Civil Veterinary Dept. Bombay admin report 1914-1922 - 1914-1922
Year: 1914
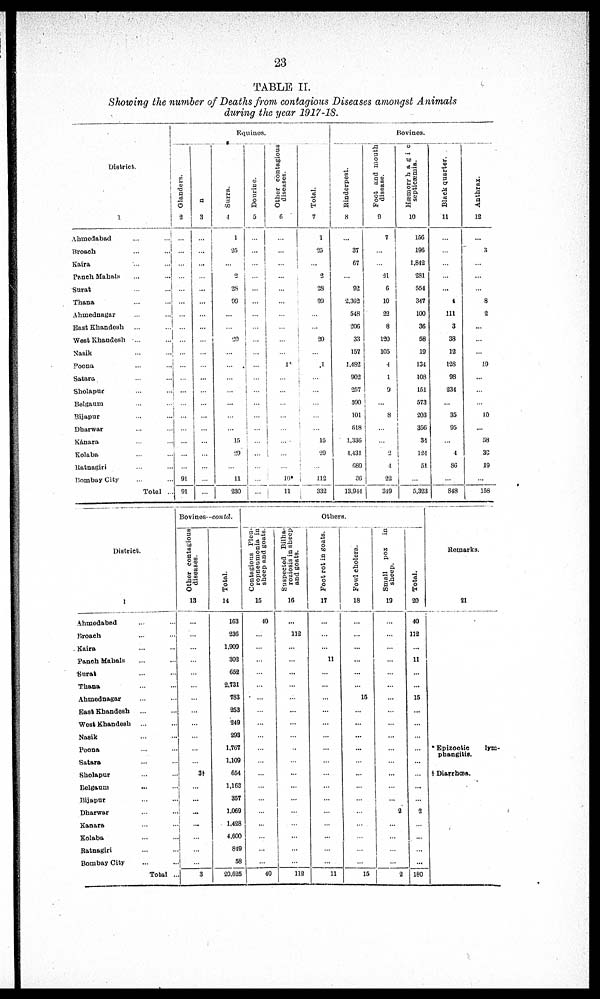
23
TABLE II.
Showing the number of Deaths from contagious Diseases amongst Animals
during the year 1917-18.
District.
1
Ahmedabad ... ...
Broach ... ...
Kaira ... ...
Panch Mahals ... ...
Surat ... ...
Thana ... ...
Ahmednagar ... ...
East Khandesh ... ...
West Khandesh
... ...
Nasik ... ...
Poona ... ...
Satara ... ...
Sholapur ... ...
Belgaum ... ...
Bijapur ... ...
Dharwar ... ...
Kánara ... ...
Kolaba ... ...
Ratnagiri ... ...
Bombay City ... ...
Total ...
Equines.
Glanders.
2
...
...
...
...
...
...
...
...
...
....
...
...
...
...
...
...
...
...
...
91
91
n
3
...
...
...
....
...
...
...
...
...
...
...
...
...
...
...
...
...
...
...
...
...
Surra.
4
1
25
...
2
28
99
...
...
20
...
...
...
...
...
...
...
15
29
...
11
230
Dourine.
5
...
...
...
...
...
...
...
...
...
...
...
...
...
...
...
...
...
...
...
...
...
Other contagious
diseases.
6
...
...
...
...
...
...
...
...
...
...
1
...
...
...
...
...
...
...
...
10
11
Total.
7
1
25
...
2
28
99
...
...
20
...
1
...
...
...
...
...
15
29
...
112
332
Bovines.
Rinderpest.
8
...
37
67
...
92
2,368
548
206
33
157
1,462
902
257
590
101
618
1,336
1,431
689
36
13,944
Foot and mouth
disease.
9
7
...
...
31
6
10
23
8
120
105
4
1
9
...
8
...
...
2
4
22
349
Hæmorrhagic
septicæmia.
10
156
196
1,842
281
554
347
100
36
58
19
131
108
151
573
203
356
34
124
51
...
5,323
Black quarter.
11
...
...
...
...
...
4
111
3
38
12
128
98
234
...
35
95
...
1
86
...
848
Anthrax.
12
...
3
...
...
...
8
2
...
...
...
19
...
...
...
10
...
58
33
19
...
158
District.
1
Ahmedabad ... ...
Broach ... ...
Kaira ... ...
Panch Mahals ... ...
Surat ... ...
Thana ... ...
Ahmednagar ... ...
East Khandesh ... ...
West Khandesh ... ...
Nasik ... ...
Poona ... ...
Satara ... ...
Sholapur ... ...
Belgaum ... ...
Bijapur ... ...
Dharwar ... ...
Kanara ... ...
Kolaba ... ...
Ratnagiri ... ...
Bombay City ... ...
Total ...
Bovines-contd.
Other contagious
diseases.
13
...
...
...
...
...
...
...
...
...
...
...
...
3†
...
...
...
...
....
...
...
3
Total.
14
163
236
1,909
302
652
2,731
783
253
249
293
1,767
1,109
654
1,163
357
1,069
1,428
4,600
849
58
20,625
Others.
Contagious Pleu-
ropneumonia in
sheep and goats.
15
40
...
...
...
...
...
...
...
...
...
...
...
...
...
...
...
...
...
...
...
40
Suspected Bilha-
roziosis in sheep-
and goats.
16
...
112
...
...
...
...
...
...
...
...
...
...
...
...
...
...
...
...
...
...
112
Foot rot in goats.
17
...
...
...
11
...
...
...
...
...
...
...
...
...
...
...
...
...
...
...
...
11
Fowl cholera.
18
...
...
...
...
...
...
15
...
...
...
...
...
...
...
...
...
...
...
...
...
15
Small
pox
in
sheep.
19
...
...
...
...
...
...
...
...
...
...
...
...
...
...
...
2
...
...
...
...
2
Total.
20
40
112
...
11
...
...
15
...
...
...
...
... ...
...
2
...
...
...
...
180
Remarks.
21
*Epizootic lym
phangitic.
† Diarrhœa.